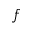
f